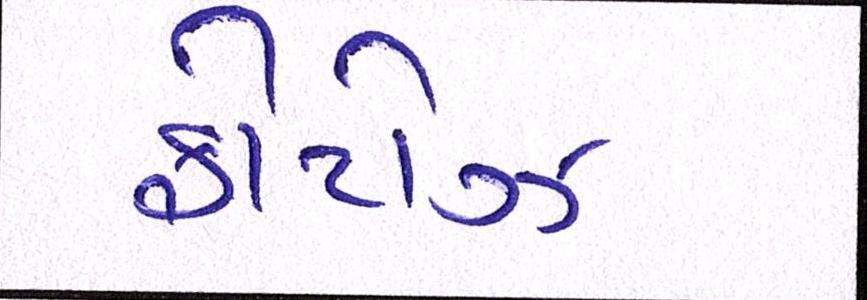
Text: ફોટોઝ